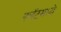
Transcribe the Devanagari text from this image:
फ्लॅटमध्ये